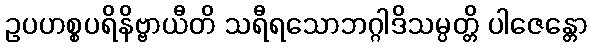
ဥပဟစ္စပရိနိဗ္ဗာယီတိ သရီရသောဘဂ္ဂါဒိသမ္ပတ္တိ ပါဇေန္တော